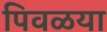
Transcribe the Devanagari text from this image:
पिवळया